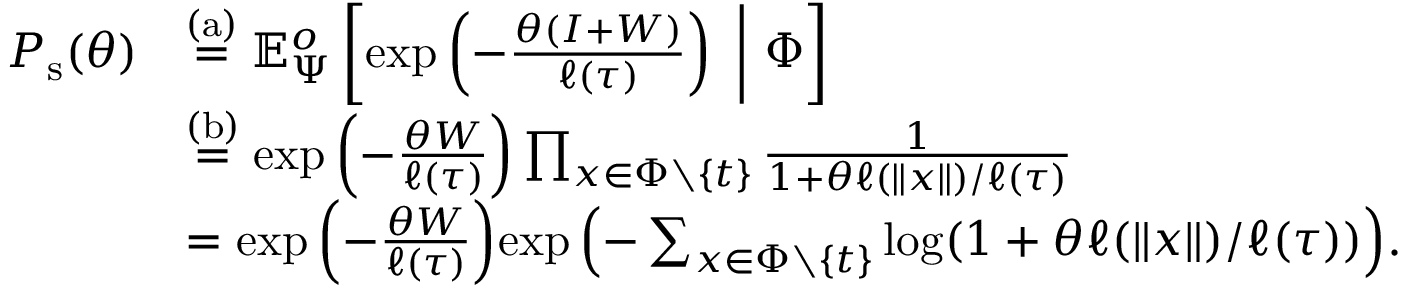
\begin{array} { r l } { P _ { \mathrm { s } } ( \theta ) } & { \stackrel { \mathrm { \scriptsize ( a ) } } { = } \mathbb { E } _ { \Psi } ^ { o } \left[ \exp \left( - \frac { \theta \left( I + W \right) } { \ell ( \tau ) } \right) ~ \bigg | ~ \Phi \right] } \\ & { \stackrel { \mathrm { \scriptsize ( b ) } } { = } { \exp \left( - \frac { \theta W } { \ell ( \tau ) } \right) } \prod _ { x \in \Phi \setminus \{ t \} } \frac { 1 } { 1 + \theta \ell ( \| x \| ) / \ell ( \tau ) } } \\ & { = { \exp \left( - \frac { \theta W } { \ell ( \tau ) } \right) } { \exp \left( - \sum _ { x \in \Phi \setminus \{ t \} } \log ( 1 + \theta \ell ( \| x \| ) / \ell ( \tau ) ) \right) } . } \end{array}